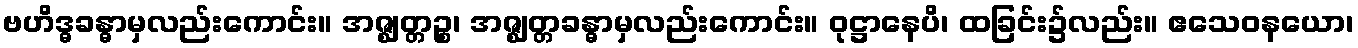
ဗဟိဒ္ဓခန္ဓာမှလည်းကောင်း။ အဇ္ဈတ္တဉ္စ၊ အဇ္ဈတ္တခန္ဓာမှလည်းကောင်း။ ဝုဋ္ဌာနေပိ၊ ထခြင်း၌လည်း။ ဧသေဝနယော၊